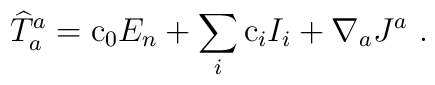
{\widehat T}_a^a= {\rm c}_0 E_n + \sum_i {\rm c}_i I_i + \nabla_a J^a\ .